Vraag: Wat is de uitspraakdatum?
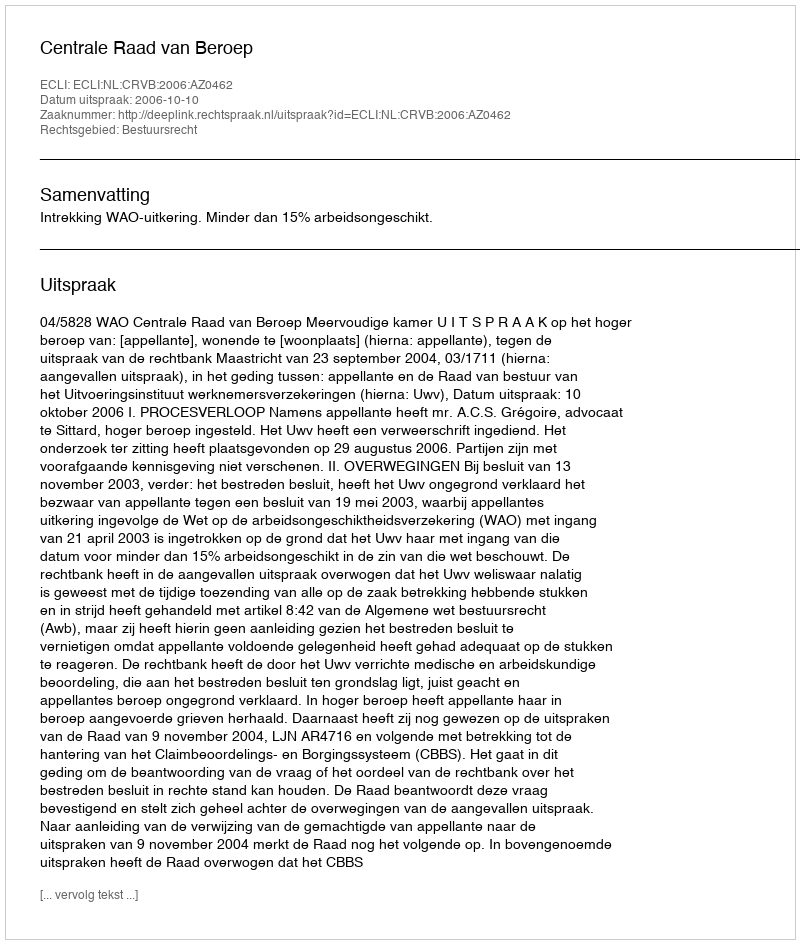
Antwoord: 2006-10-10